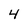
Character: 4